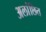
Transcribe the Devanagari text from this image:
अलांछित